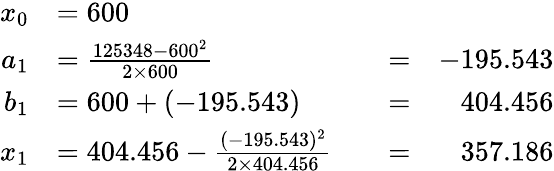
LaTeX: {\begin{array}{rlrlr}{x_{0}}&{=600}\\ {a_{1}}&{={\frac{125348-600^{2}}{2\times 600}}}&&{=}&{-195.543}\\ {b_{1}}&{=600+(-195.543)}&&{=}&{404.456}\\ {x_{1}}&{=404.456-{\frac{(-195.543)^{2}}{2\times 404.456}}}&&{=}&{357.186}\end{array}}